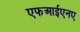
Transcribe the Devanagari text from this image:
एफआईएनए